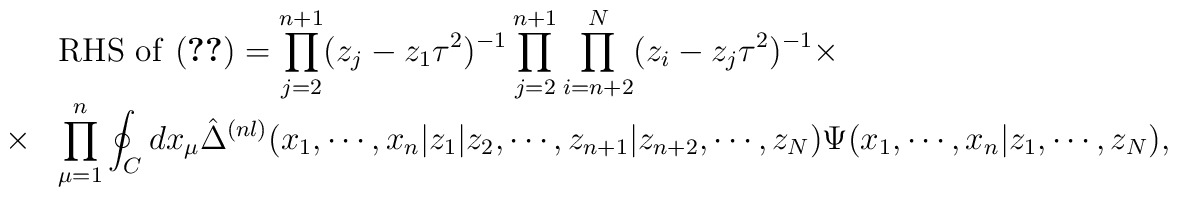
\begin{array}{rl}& {\rm RHS~ of ~(\ref{eqn:B})}=\displaystyle\prod_{j=2}^{n+1} (z_j -z_1 \tau ^2 )^{-1}\displaystyle\prod_{j=2}^{n+1}\displaystyle\prod_{i=n+2}^{N}(z_i -z_j \tau ^2 )^{-1} \times \\\times & \displaystyle\prod_{\mu =1}^{n}\displaystyle\oint_{C} dx_{\mu }\hat{\Delta }^{(n l)}(x_1 , \cdots , x_n |                        z_1 | z_2 , \cdots , z_{n+1} |                        z_{n+2}, \cdots , z_N )\Psi (x_1 , \cdots , x_n | z_1 , \cdots , z_N ),\end{array}